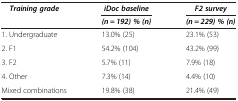
<table><thead><tr><td><b><i>Training grade</i></b></td><td><b><i>iDoc baseline</i></b></td><td><b><i>F2 survey</i></b></td></tr><tr><td><b> </b></td><td><b><i>(n = 192)</i><i>% (n)</i></b></td><td><b><i>(n = 229)</i><i>% (n)</i></b></td></tr></thead><tbody><tr><td>1. Undergraduate</td><td>13.0% (25)</td><td>23.1% (53)</td></tr><tr><td>2. F1</td><td>54.2% (104)</td><td>43.2% (99)</td></tr><tr><td>3. F2</td><td>5.7% (11)</td><td>7.9% (18)</td></tr><tr><td>4. Other</td><td>7.3% (14)</td><td>4.4% (10)</td></tr><tr><td>Mixed combinations</td><td>19.8% (38)</td><td>21.4% (49)</td></tr></tbody></table>